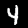
Digit: 4